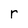
Character: r